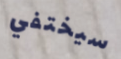
سيختفي